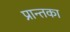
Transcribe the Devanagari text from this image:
प्रान्तका